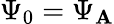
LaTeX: \Psi_{0}=\Psi_{\mathbf{A}}